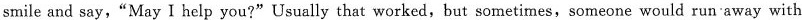
smile and say, "May I help you?" Usually that worked, but sometimes, someone would run away with